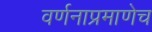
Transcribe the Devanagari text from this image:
वर्णनाप्रमाणेच